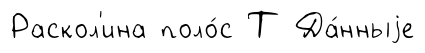
Раскол'ина поло́с Т Да́нныjе